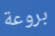
بروعة